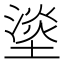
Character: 𰊣